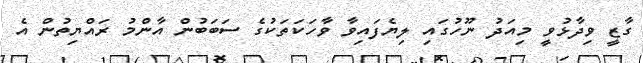
ގާޒީ ވިދާޅުވީ މިއަދު ނޫހުގައި ލިޔެފައިވާ ވާހަކަތަކުގެ ސަބަބުން އާންމު ރައްޔިތުން އެ